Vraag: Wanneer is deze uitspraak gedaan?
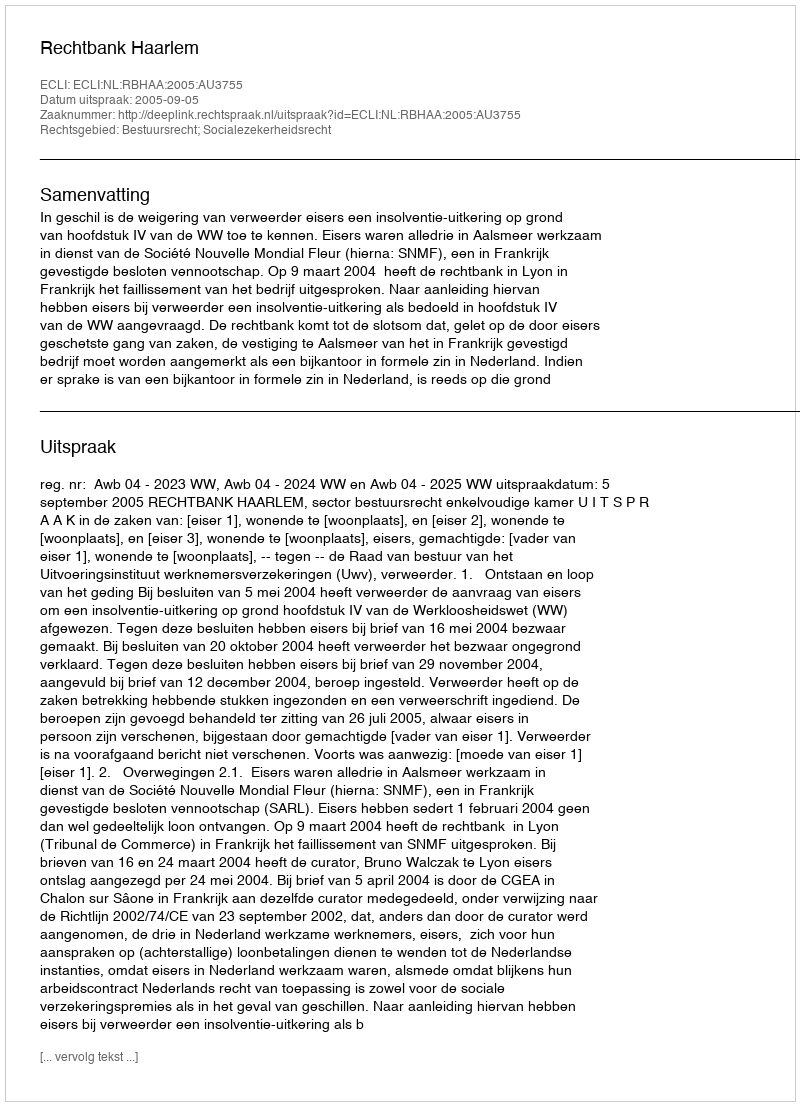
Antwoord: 2005-09-05